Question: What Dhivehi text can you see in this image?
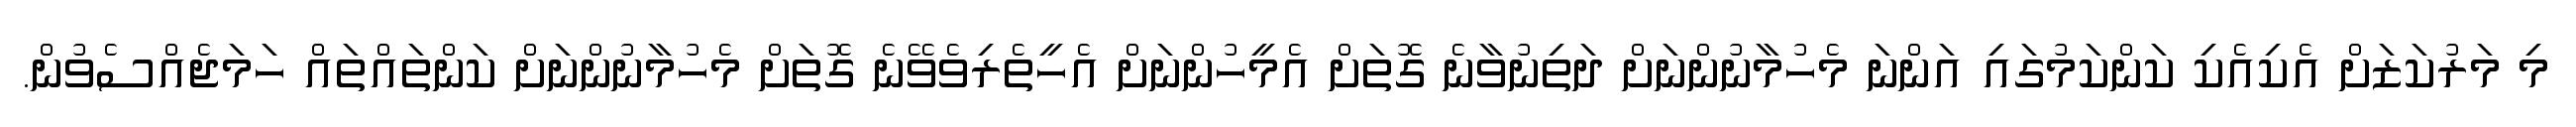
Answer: މި މަރުކަޒަށް އެކިއެކި ކަންކަމުގައި އަންނަ މެހުމާނުންނަށް ދަތިނުވާނެ ގޮތަށް އެމީހުންނަށް އެހީތެރިވެވޭނެ ގޮތަށް މެހުމާނުންނަށް ކަންތައްތައް ހަމަޖެއްސެވުން.